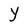
Character: Y